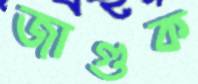
জাগুক